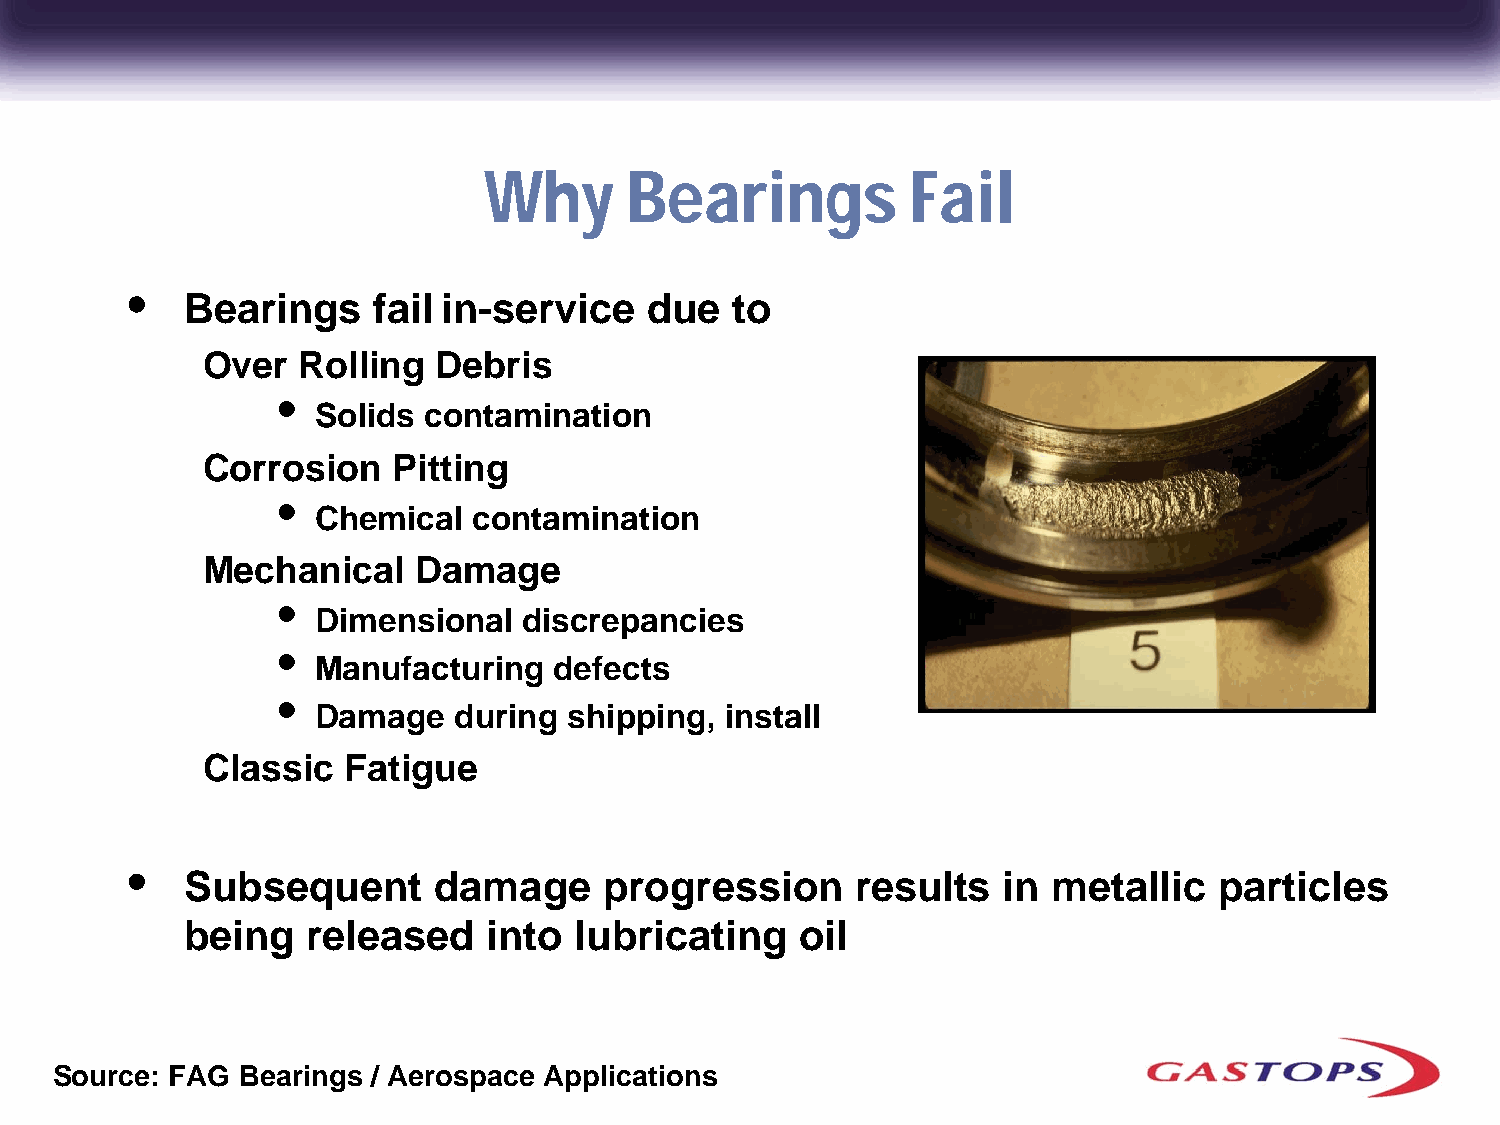
Why      Bearings           Fail
 •
 Bearings     fail in-service   due  to
 Over   Rolling  Debris
 •
 Solids contamination
 Corrosion    Pitting
 •
 Chemical  contamination
 Mechanical    Damage
 •
 Dimensional   discrepancies
 •
 Manufacturing   defects
 •
 Damage   during  shipping, install
 Classic   Fatigue
 •
 Subsequent       damage     progression      results  in  metallic   particles
 being   released    into  lubricating    oil
 Source: FAG  Bearings / Aerospace Applications